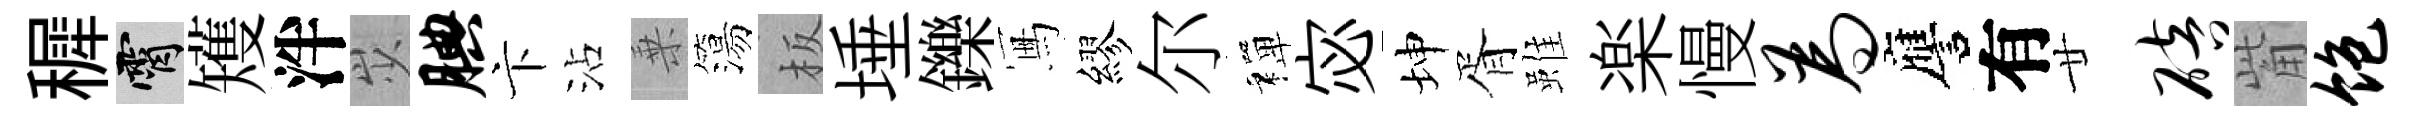
穉霄矱泮𡵯腆卞沾乗簜板埵鑠冩繆尔禪宓坤胥雖楽慢为譍有廿碚觜饱